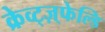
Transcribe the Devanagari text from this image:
क्रेव्ट्ज़्फेल्डि